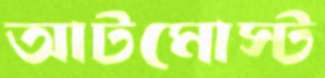
আটমোস্ট